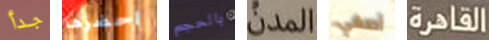
جدأ احضرها بالحجم المدن أصغي القاهرة